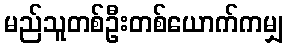
မည်သူတစ်ဦးတစ်ယောက်ကမျှ